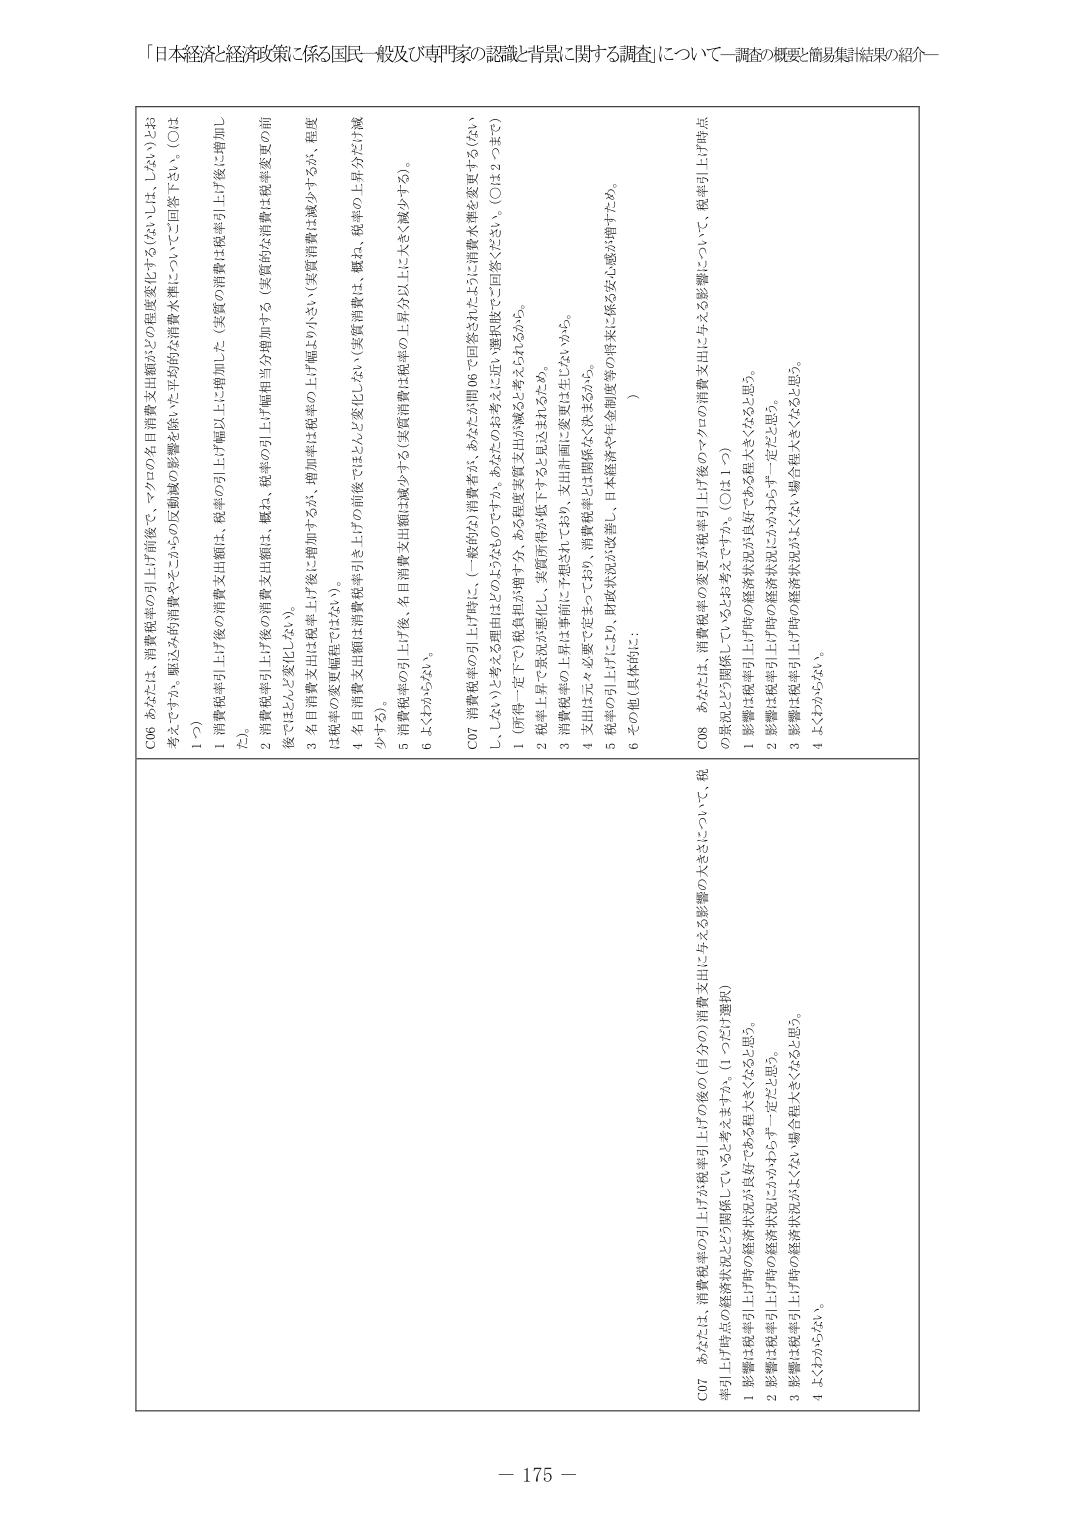
「日本経済と経済政策に係る国民一般及び専門家の認識と背景に関する調査」について－調査の概要・簡易集計結果の紹介－

C06 あなたは、消費税率の引上げ前後で、マクロの名目消費支出額がどの程度変化する（ないしは、しない）とお考えですか。駆込み的消費やそこからの反動減の影響を除いた平均的な消費水準についてご回答下さい。（○は1つ）

1 消費税率引上げ後の消費支出額は、税率の引上げ幅以上に増加した（実質の消費は税率引上げ後に増加した）。
2 消費税率引上げ後の消費支出額は、概ね、税率の引上げ幅相当分増加する（実質的な消費は税率変更の前後でほとんど変化しない）。
3 名目消費支出は税率引上げ後に増加するが、増加率は税率の上げ幅より小さい（実質消費は減少するが、程度は税率の変更幅程ではない）。
4 名目消費支出額は消費税率引き上げの前後でほとんど変化しない（実質消費は、概ね、税率の上昇分だけ減少する）。
5 消費税率の引上げ後、名目消費支出額は減少する（実質消費は税率の上昇分以上に大きく減少する）。
6 よくわからない。

C07 消費税率の引上げ時に、（一般的な）消費者が、あなたが問06で回答されたように消費水準を変更する（ないし、しない）と考える理由はどのようなものですか。あてはまるものに選択肢でご回答ください。（○は2つまで）

1 （所得一定下で）税負担が増す分、ある程度消費支出が減ると考えられるから。
2 税率上昇＝景況が悪化し、実質所得が低下すると見込まれるため。
3 消費税率の上昇は事前に予想されており、支出計画に変更は生じないから。
4 支出は元々必要で定まっており、消費税率とは関係なく決まるから。
5 税率の引上げにより、財政状況が改善し、日本経済や年金制度等の将来に係る安心感が増すため。
6 その他（具体的に： ）

C08 あなたは、消費税率の変更が税率引上げ後の消費支出に与える影響について、税率引上げ時点の景況とどう関係しているとお考えですか。（○は1つ）

1 影響は税率引上げ時の経済状況が良好である程大きくなると思う。
2 影響は税率引上げ時の経済状況にかかわらず一定だと思う。
3 影響は税率引上げ時の経済状況がよくない場合程大きくなると思う。
4 よくわからない。

C07 あなたは、消費税率の引上げが税率引上げの後の（日々の）消費支出に与える影響の大きさについて、税率引上げ時点の経済状況とどう関係していると考えますか。（1つだけ選択）

1 影響は税率引上げ時の経済状況が良好である程大きくなると思う。
2 影響は税率引上げ時の経済状況にかかわらず一定だと思う。
3 影響は税率引上げ時の経済状況がよくない場合程大きくなると思う。
4 よくわからない。

－ 175 －